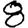
Digit: 8